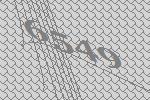
6549